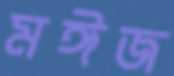
মঈজ